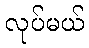
လုပ်မယ်